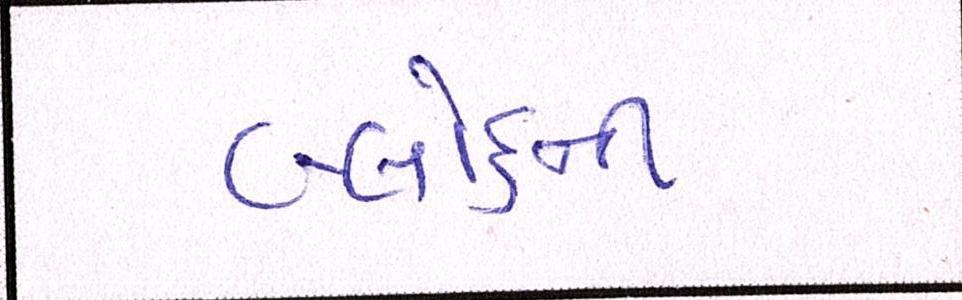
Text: બ્લોકની